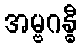
အမ္ဗဂန္ဓီ